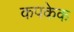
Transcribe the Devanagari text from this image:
कपकेक